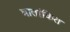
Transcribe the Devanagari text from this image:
घातांकित